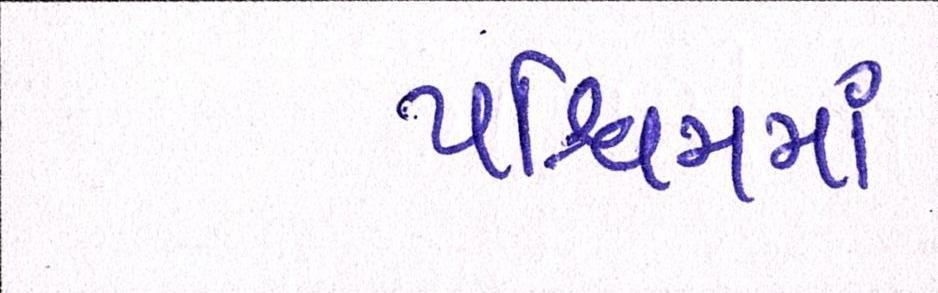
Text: પશ્ચિમમાં